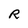
Character: R